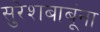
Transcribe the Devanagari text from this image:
सुरेशबाबूंना